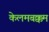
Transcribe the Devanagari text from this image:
केलमबक्कम